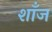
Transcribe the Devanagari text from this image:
शाँज